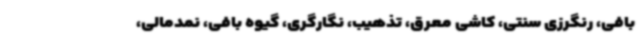
بافی، رنگرزی سنتی، کاشی معرق، تذهیب، نگارگری، گیوه بافی، نمدمالی،